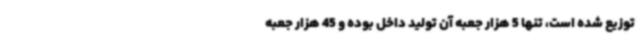
توزیع شده است، تنها 5 هزار جعبه آن تولید داخل بوده و 45 هزار جعبه